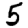
Digit: 5